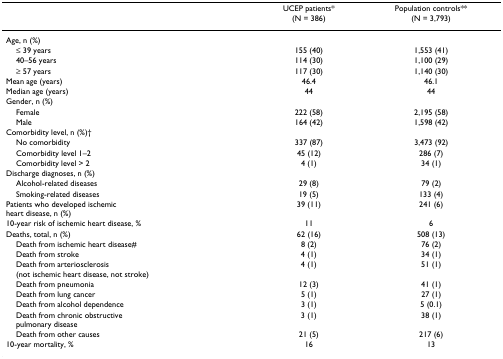
<table><thead><tr><td></td><td><b>UCEP patients* (N = 386)</b></td><td><b>Population controls** (N = 3,793)</b></td></tr></thead><tbody><tr><td>Age, n (%)</td><td></td><td></td></tr><tr><td> ≤ 39 years</td><td>155 (40)</td><td>1,553 (41)</td></tr><tr><td> 40–56 years</td><td>114 (30)</td><td>1,100 (29)</td></tr><tr><td> ≥ 57 years</td><td>117 (30)</td><td>1,140 (30)</td></tr><tr><td>Mean age (years)</td><td>46.4</td><td>46.1</td></tr><tr><td>Median age (years)</td><td>44</td><td>44</td></tr><tr><td>Gender, n (%)</td><td></td><td></td></tr><tr><td> Female</td><td>222 (58)</td><td>2,195 (58)</td></tr><tr><td> Male</td><td>164 (42)</td><td>1,598 (42)</td></tr><tr><td>Comorbidity level, n (%)†</td><td></td><td></td></tr><tr><td> No comorbidity</td><td>337 (87)</td><td>3,473 (92)</td></tr><tr><td> Comorbidity level 1–2</td><td>45 (12)</td><td>286 (7)</td></tr><tr><td> Comorbidity level &gt; 2</td><td>4 (1)</td><td>34 (1)</td></tr><tr><td>Discharge diagnoses, n (%)</td><td></td><td></td></tr><tr><td> Alcohol-related diseases</td><td>29 (8)</td><td>79 (2)</td></tr><tr><td> Smoking-related diseases</td><td>19 (5)</td><td>133 (4)</td></tr><tr><td>Patients who developed ischemicheart disease, n (%)</td><td>39 (11)</td><td>241 (6)</td></tr><tr><td>10-year risk of ischemic heart disease, %</td><td>11</td><td>6</td></tr><tr><td>Deaths, total, n (%)</td><td>62 (16)</td><td>508 (13)</td></tr><tr><td> Death from ischemic heart disease#</td><td>8 (2)</td><td>76 (2)</td></tr><tr><td> Death from stroke</td><td>4 (1)</td><td>34 (1)</td></tr><tr><td> Death from arteriosclerosis(not ischemic heart disease, not stroke)</td><td>4 (1)</td><td>51 (1)</td></tr><tr><td> Death from pneumonia</td><td>12 (3)</td><td>41 (1)</td></tr><tr><td> Death from lung cancer</td><td>5 (1)</td><td>27 (1)</td></tr><tr><td> Death from alcohol dependence</td><td>3 (1)</td><td>5 (0.1)</td></tr><tr><td> Death from chronic obstructivepulmonary disease</td><td>3 (1)</td><td>38 (1)</td></tr><tr><td> Death from other causes</td><td>21 (5)</td><td>217 (6)</td></tr><tr><td>10-year mortality, %</td><td>16</td><td>13</td></tr></tbody></table>